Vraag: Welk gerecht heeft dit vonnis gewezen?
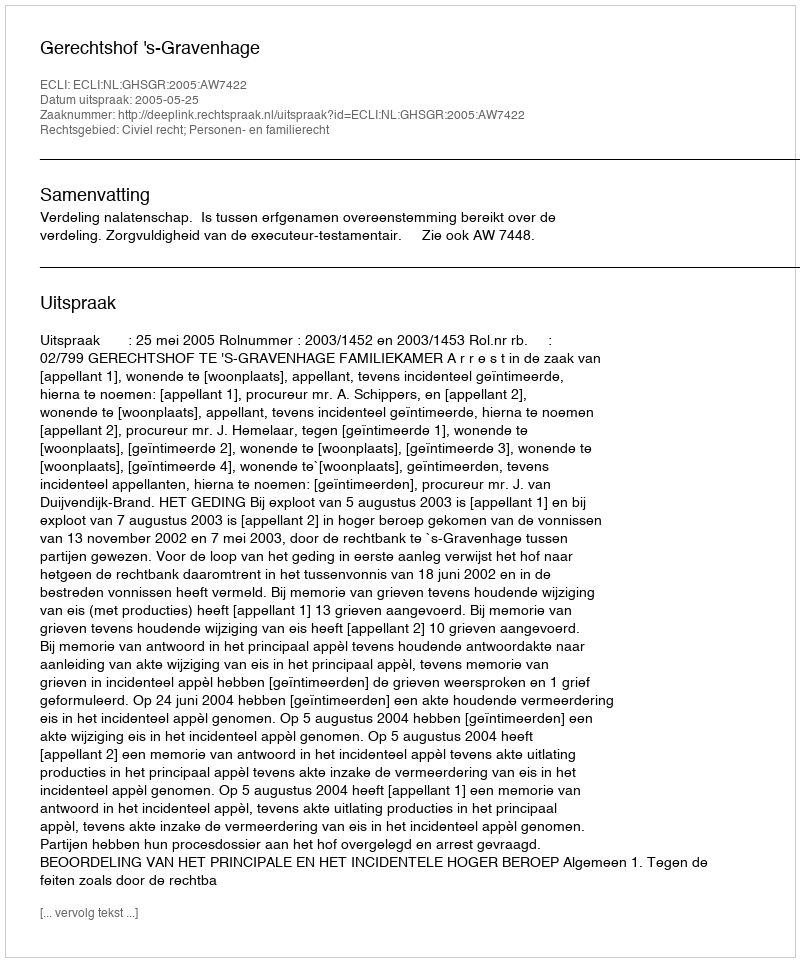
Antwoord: Gerechtshof 's-Gravenhage